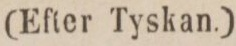
(Efter Tyskan.)